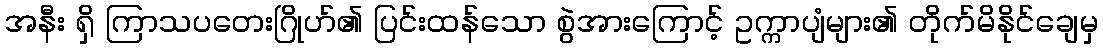
အနီး ရှိ ကြာသပတေးဂြိုဟ်၏ ပြင်းထန်သော စွဲအားကြောင့် ဥက္ကာပျံများ၏ တိုက်မိနိုင်ချေမှ